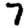
Digit: 7